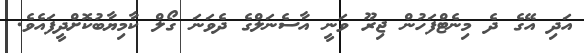
އަދި އޭގެ ދެ މިނެޓްފަހުން ޖިރޫ ވަނީ އާސެނަލްގެ ދެވަނަ ގޯލް ކާމިޔާބުކޮށްދީފައެވެ.